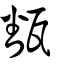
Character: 㽃